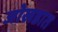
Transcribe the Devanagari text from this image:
जोखडात